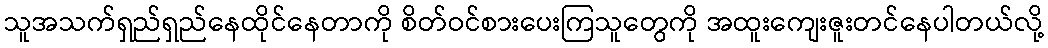
သူအသက်ရှည်ရှည်နေထိုင်နေတာကို စိတ်ဝင်စားပေးကြသူတွေကို အထူးကျေးဇူးတင်နေပါတယ်လို့